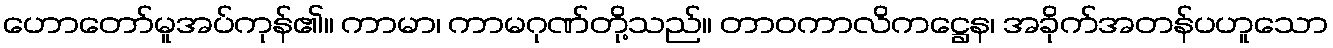
ဟောတော်မူအပ်ကုန်၏။ ကာမာ၊ ကာမဂုဏ်တို့သည်။ တာဝကာလိကဋ္ဌေန၊ အခိုက်အတန်ပဟူသော